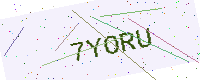
Text: 7YORU